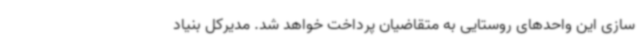
سازی این واحدهای روستایی به متقاضیان پرداخت خواهد شد. مدیرکل بنیاد